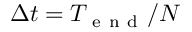
\Delta t = T _ { \mathrm { ~ e ~ n ~ d ~ } } / N